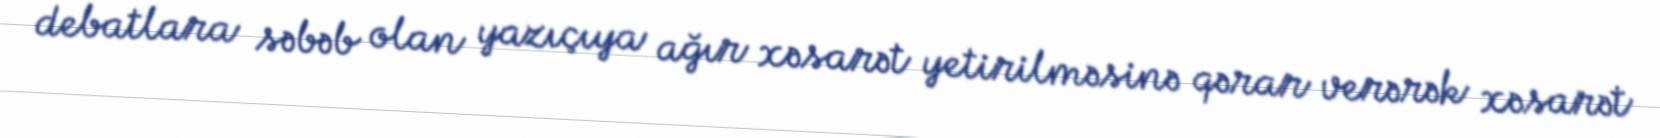
debatlara səbəb olan yazıçıya ağır xəsarət yetirilməsinə qərar verərək xəsarət